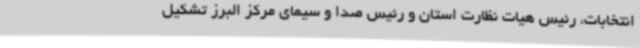
انتخابات، رئیس هیات نظارت استان و رئیس صدا و سیمای مرکز البرز تشکیل